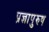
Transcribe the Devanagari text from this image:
प्रज्ञापुरुष